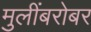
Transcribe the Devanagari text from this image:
मुलींबरोबर